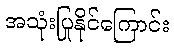
အသုံးပြုနိုင်ကြောင်း